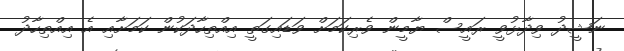
ނަޝީދު ވިދާޅުވީ ރައީސް ޔާމީން ވެރިކަމަށް ވަޑައިގަތީ އިއްތިހާދަކުން ކަމަށާއި އެ އިއްތިހާދު